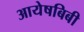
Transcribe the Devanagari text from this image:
आयेषबिबी